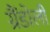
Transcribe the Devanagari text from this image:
ग्रैंडोली